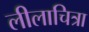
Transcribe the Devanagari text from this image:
लीलाचित्रा